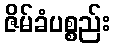
ဇိမ်ခံပစ္စည်း